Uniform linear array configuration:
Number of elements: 32
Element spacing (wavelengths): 1
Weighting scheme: exponential
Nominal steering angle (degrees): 60
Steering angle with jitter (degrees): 58.811
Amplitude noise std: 0.05
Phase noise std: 0.05

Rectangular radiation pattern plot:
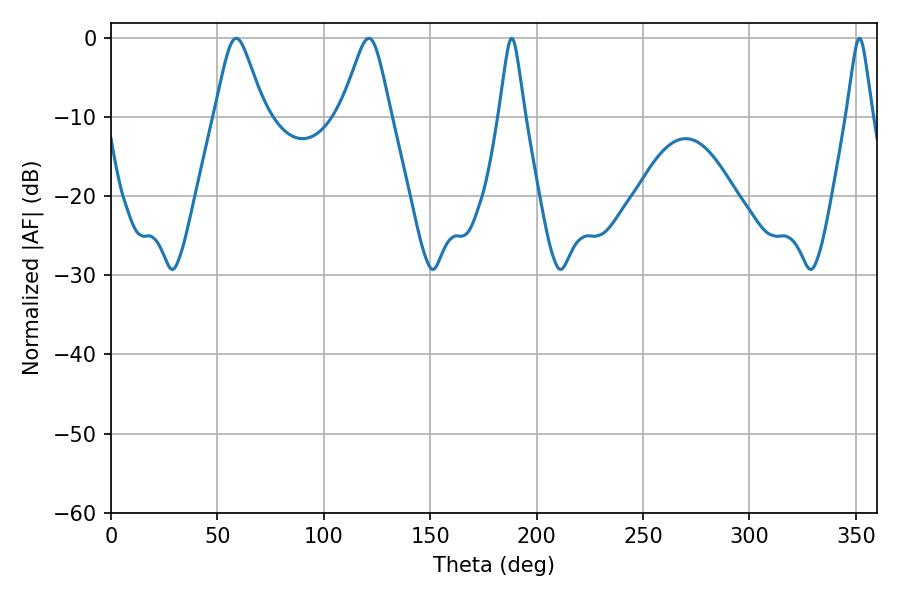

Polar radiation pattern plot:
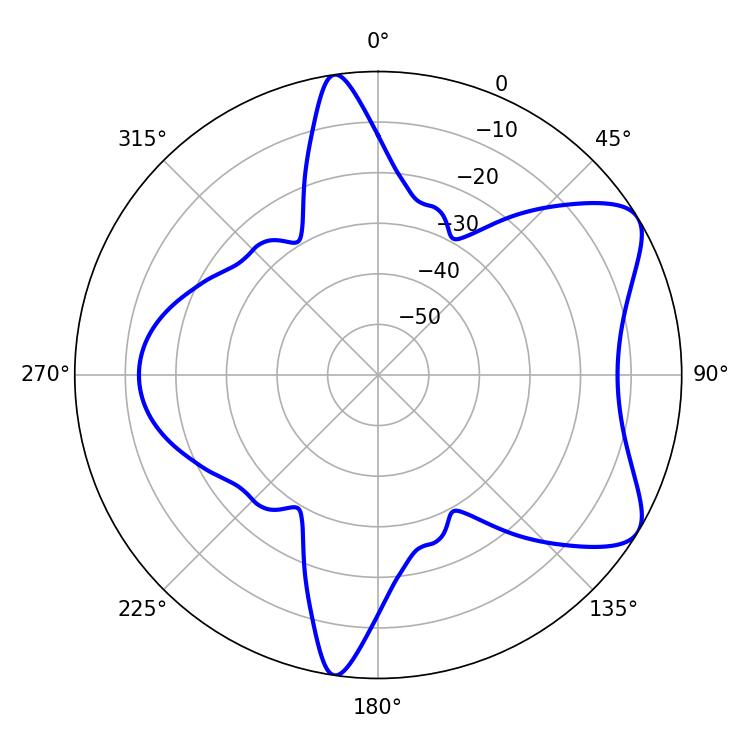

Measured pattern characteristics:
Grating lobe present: TRUE
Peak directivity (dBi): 7.317
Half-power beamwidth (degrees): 11.34
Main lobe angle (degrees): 58.86